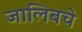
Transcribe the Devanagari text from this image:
जालिबचे